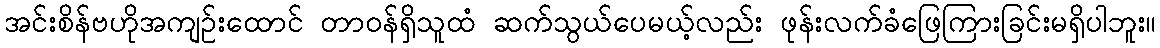
အင်းစိန်ဗဟိုအကျဉ်းထောင် တာဝန်ရှိသူထံ ဆက်သွယ်ပေမယ့်လည်း ဖုန်းလက်ခံဖြေကြားခြင်းမရှိပါဘူး။